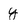
Character: y